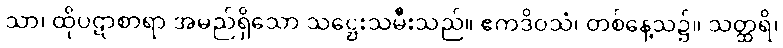
သာ၊ ထိုပဋာစာရာ အမည်ရှိသော သဋ္ဌေးသမီးသည်။ ဧကဒိဝသံ၊ တစ်နေ့သ၌။ သတ္ထရိ၊